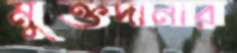
মুক্তদানার